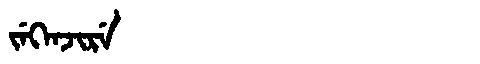
Manchu: ᠵᡝᡴᡝᠨᠵᡳᡵᡝ
Romanization: JEKENJIRE